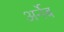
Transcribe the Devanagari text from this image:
अर्नेब